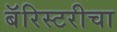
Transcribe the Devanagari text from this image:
बॅरिस्टरीचा